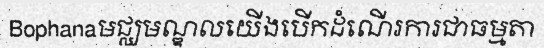
Bophanaមជ្ឈមណ្ឌលយើងបើកដំណើរការជាធម្មតា